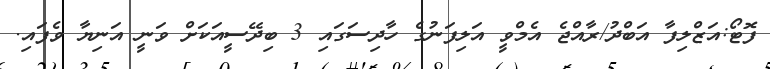
ފޮޓޯ:އަޒްލިފާ އަބްދު/ރާއްޖެ އެމްވީ އަލިފަނުގެ ހާދިސަގައި 3 ބިދޭސީއަކަށް ވަނީ އަނިޔާ ވެފައި.